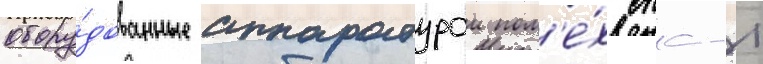
обору́дованные аппаратурои пом'е́х спс-1